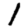
Digit: 1